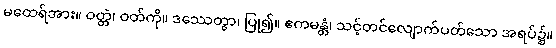
မထေရ်အား။ ဝတ္တံ၊ ဝတ်ကို။ ဒဿေတွာ၊ ပြု၍။ ဧကမန္တံ၊ သင့်တင်လျောက်ပတ်သော အရပ်၌။